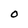
Character: O